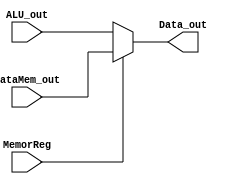
`timescale 1ns / 1ps
module Data_select(
MemorReg,ALU_out,DataMem_out,
Data_out
    );
    input MemorReg;
    input [31:0] ALU_out;
    input [31:0] DataMem_out;
    output [31:0] Data_out;
    
    assign Data_out=MemorReg?DataMem_out:ALU_out;
endmodule